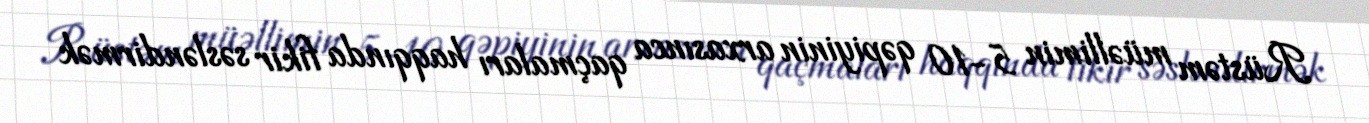
Rüstəm müəllimin 5-10 qəpiyinin arxasınca qaçmaları haqqında fikir səsləndirmək